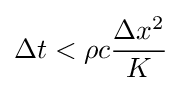
\Delta t<\rho c{\frac {\Delta x^{2}}{K}}